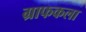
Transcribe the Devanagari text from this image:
ग्राफकला